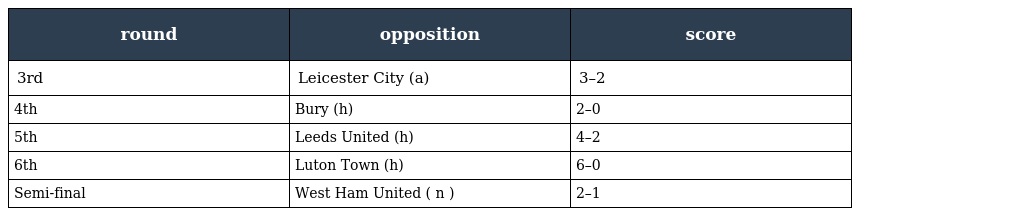
| round | opposition | score |
 | --- | --- | --- |
 | 3rd | Leicester City (a) | 3–2 |
 | 4th | Bury (h) | 2–0 |
 | 5th | Leeds United (h) | 4–2 |
 | 6th | Luton Town (h) | 6–0 |
 | Semi-final | West Ham United ( n ) | 2–1 |